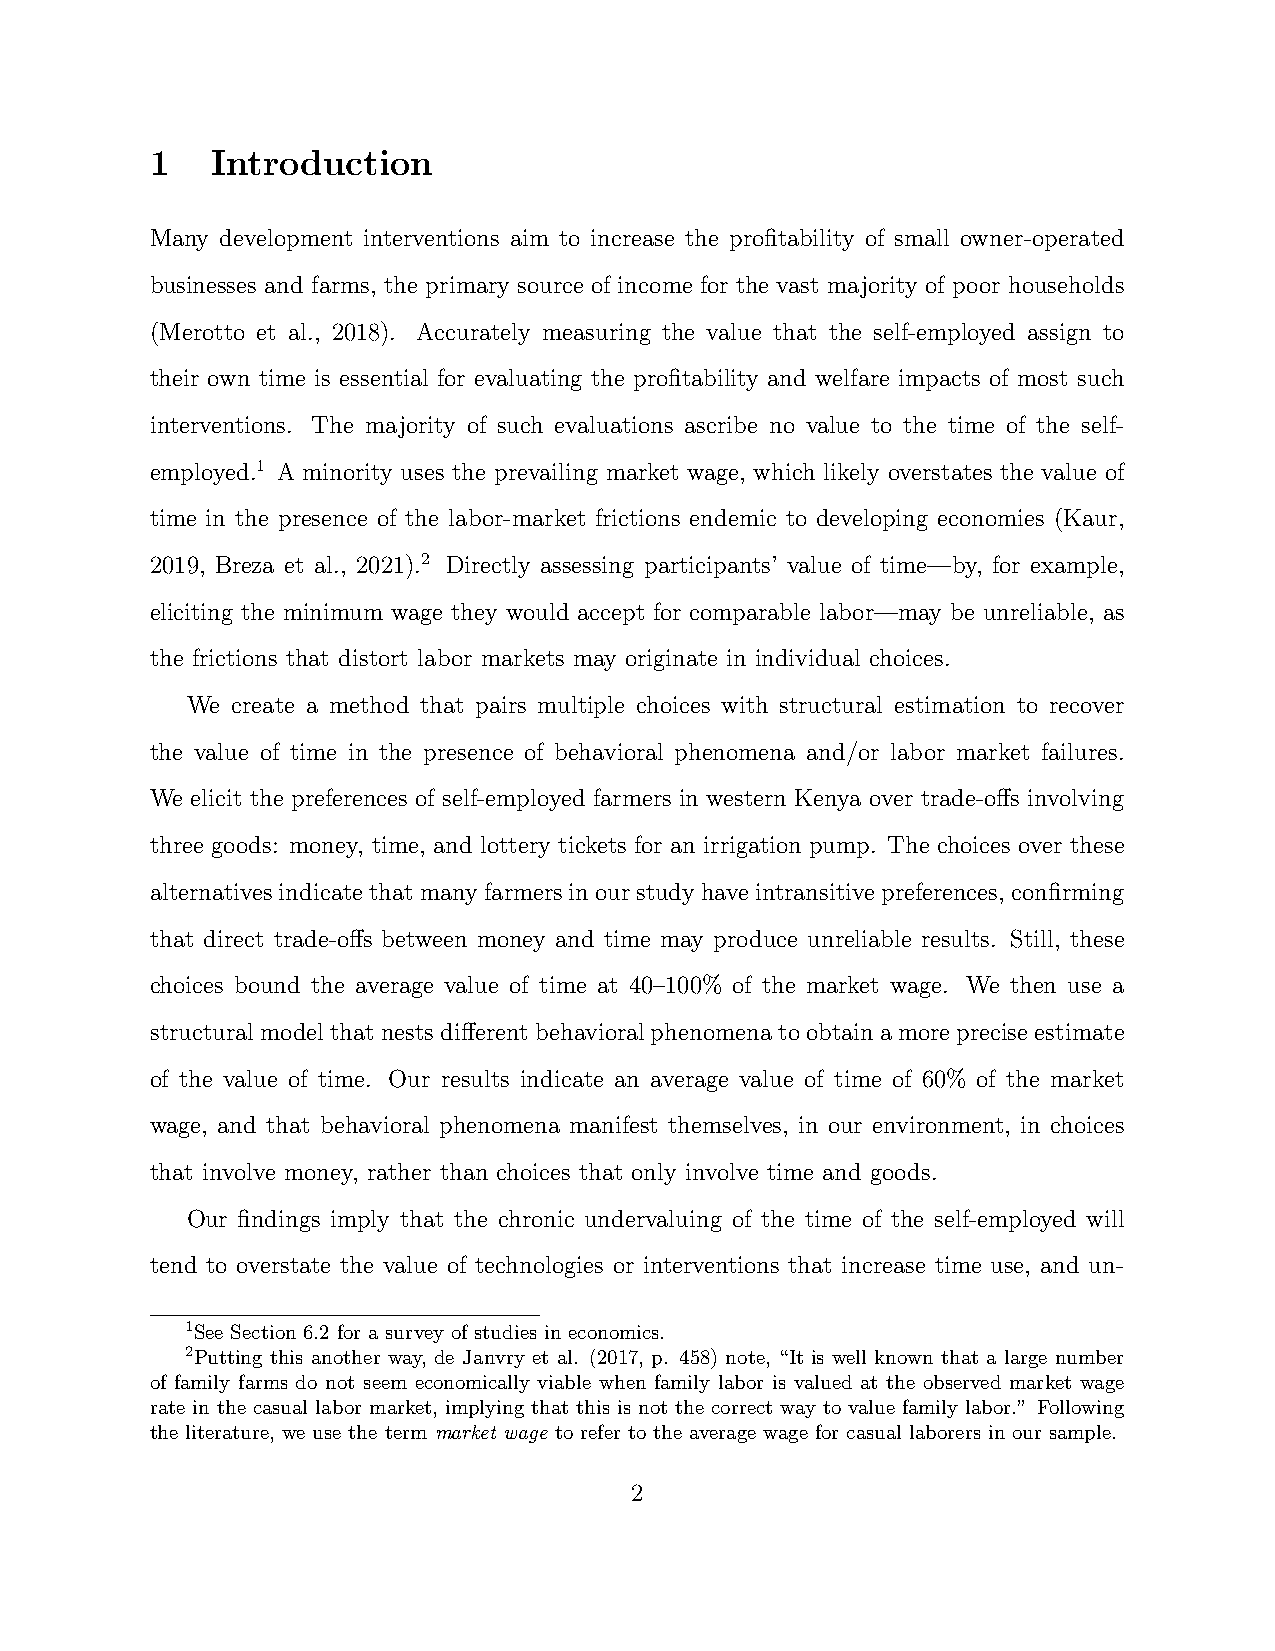
1   Introduction
 Many development interventions aim to increase the profitability of small owner-operated
 businesses and farms, the primary source of income for the vast majority of poor households
 (Merotto et al., 2018). Accurately measuring the value that the self-employed assign to
 their own time is essential for evaluating the profitability and welfare impacts of most such
 interventions. The majority of such evaluations ascribe no value to the time of the self-
 employed.1 A minority uses the prevailing market wage, which likely overstates the value of
 time in the presence of the labor-market frictions endemic to developing economies (Kaur,
 2019, Breza et al., 2021).2 Directly assessing participants’ value of time—by, for example,
 eliciting the minimum wage they would accept for comparable labor—may be unreliable, as
 the frictions that distort labor markets may originate in individual choices.
 We create a method that pairs multiple choices with structural estimation to recover
 the value of time in the presence of behavioral phenomena and/or labor market failures.
 We elicit the preferences of self-employed farmers in western Kenya over trade-offs involving
 three goods: money, time, and lottery tickets for an irrigation pump. The choices over these
 alternativesindicatethatmanyfarmersinourstudyhaveintransitivepreferences, confirming
 that direct trade-offs between money and time may produce unreliable results. Still, these
 choices bound the average value of time at 40–100% of the market wage. We then use a
 structuralmodelthatnestsdifferentbehavioralphenomenatoobtainamorepreciseestimate
 of the value of time. Our results indicate an average value of time of 60% of the market
 wage, and that behavioral phenomena manifest themselves, in our environment, in choices
 that involve money, rather than choices that only involve time and goods.
 Our findings imply that the chronic undervaluing of the time of the self-employed will
 tend to overstate the value of technologies or interventions that increase time use, and un-
 1See Section 6.2 for a survey of studies in economics.
 2Putting this another way, de Janvry et al. (2017, p. 458) note, “It is well known that a large number
 of family farms do not seem economically viable when family labor is valued at the observed market wage
 rate in the casual labor market, implying that this is not the correct way to value family labor.” Following
 the literature, we use the term market wage to refer to the average wage for casual laborers in our sample.
 2